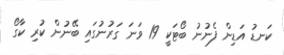
ކަނޑު އަޑިން ފެނުނު ބޯޓަކީ 19 ވަނަ ގަރުނުގައި ބޭނުން ކުރި ކާގޯ